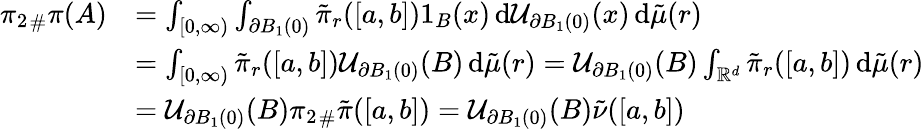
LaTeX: \begin{array}{rl}{{\pi_{2}}_{\# }\pi(A)}&{=\int_{[0,\infty)}\int_{\partial B_{1}(0)}\tilde{\pi}_{r}([a,b])1_{B}(x)\, \mathrm{d}\mathcal U_{\partial B_{1}(0)}(x)\, \mathrm{d}\tilde{\mu}(r)}\\ &{=\int_{[0,\infty)}\tilde{\pi}_{r}([a,b])\mathcal U_{\partial B_{1}(0)}(B)\, \mathrm{d}\tilde{\mu}(r)=\mathcal U_{\partial B_{1}(0)}(B)\int_{\mathbb{R}^{d}}\tilde{\pi}_{r}([a,b])\, \mathrm{d}\tilde{\mu}(r)}\\ &{=\mathcal U_{\partial B_{1}(0)}(B){\pi_{2}}_{\# }\tilde{\pi}([a,b])=\mathcal U_{\partial B_{1}(0)}(B)\tilde{\nu}([a,b])}\end{array}